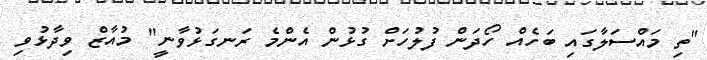
"ތި މައްސަލާގައި ބަހެއް ހޯދަން ފުލުހަށް ގުޅުން އެންމެ ރަނގަޅުވާނީ" މުއާޒް ވިދާޅުވި